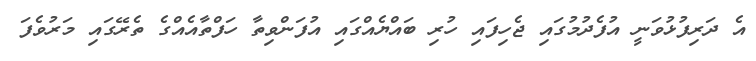
އެ ދަރިފުޅުވަނީ އުފެދުމުގައި ޖެހިފައި ހުރި ބައްޔެއްގައި އުފަންވިތާ ހަފްތާއެއްގެ ތެރޭގައި މަރުވެފަ